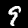
Label: 9